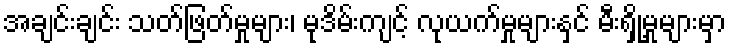
အချင်းချင်း သတ်ဖြတ်မှုများ၊ မုဒိမ်းကျင့် လုယက်မှုများနှင် မီးရှို့မှုများမှာ